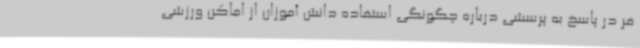
فر در پاسخ به پرسشی درباره چگونگی استفاده دانش آموزان از اماکن ورزشی